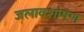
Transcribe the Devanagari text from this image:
जलावशोषण